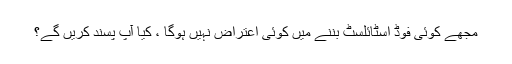
مجھے کوئی فوڈ اسٹائلسٹ بننے میں کوئی اعتراض نہیں ہوگا ، کیا آپ پسند کریں گے؟